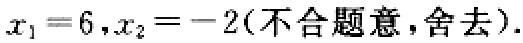
\(x_{1}=6,x_{2}=-2(\text{不合题意,舍去})\).